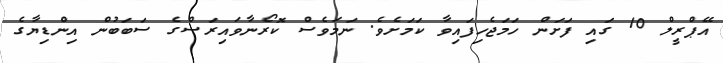
އޭޕްރީލް 10 ގައި ފަށަން ހަމަޖެހިފައިވާ ކަމަށެވެ. ނަމަވެސް ކޮރޯނާވައިރަސްގެ ސަބަބުން އިންޑިޔާގެ